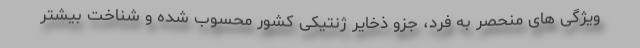
ویژگی های منحصر به فرد، جزو ذخایر ژنتیکی کشور محسوب شده و شناخت بیشتر